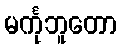
မင်္ကုဘူတော